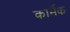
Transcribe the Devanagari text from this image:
कार्मैक